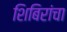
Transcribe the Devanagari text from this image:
शिबिरांचा